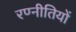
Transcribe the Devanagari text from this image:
रण्नीतियों